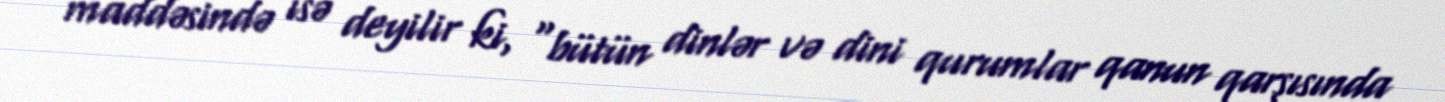
maddəsində isə deyilir ki, “bütün dinlər və dini qurumlar qanun qarşısında